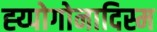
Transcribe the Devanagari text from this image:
ह्य्पोगोनादिस्म